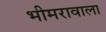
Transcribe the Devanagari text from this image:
भीमरावाला